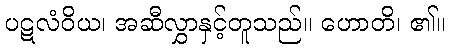
ပဋလံဝိယ၊ အဆီလွှာနှင့်တူသည်။ ဟောတိ၊ ၏။